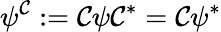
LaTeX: \psi^{\mathcal{C}}:=\mathcal{{\mathcal{C}}}\psi\mathcal{{\mathcal{C}}}^{*}=\mathcal{C}\psi^{*}